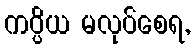
ကပ္ပိယ မလုပ်စေရ,